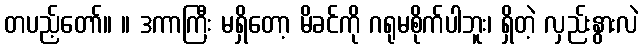
တပည့်တော်။ ။ ဒကာကြီး မရှိတော့ မိခင်ကို ဂရုမစိုက်ပါဘူး၊ ရှိတဲ့ လှည်းနွားလဲ